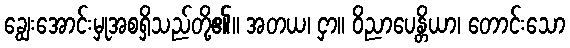
ချွေးအောင်းမှုအစရှိသည်တို့၏။ အတယ၊ ငှာ။ ဝိညာပေန္တိယာ၊ တောင်းသော